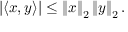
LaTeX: \left| \langle x , y \rangle \right| \leq \left\| x \right\| _ { 2 } \left\| y \right\| _ { 2 } .